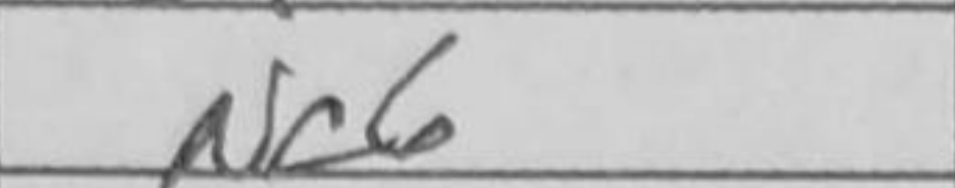
Transcription: Nc6